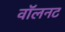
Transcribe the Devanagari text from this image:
वॉलनट